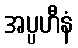
အပ္ပဟီနံ